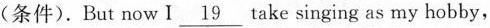
(条件). But now Ⅰ\underline{19} take singing as my hobby,